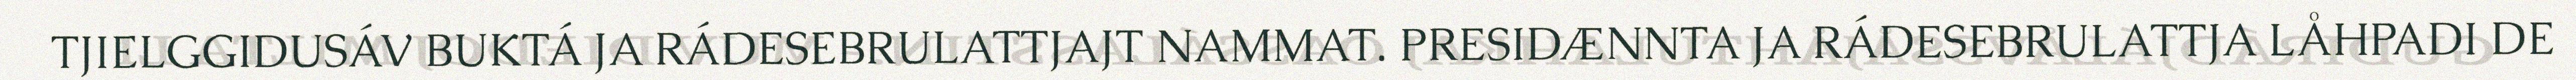
TJIELGGIDUSÁV BUKTÁ JA RÁDESEBRULATTJAJT NAMMAT. PRESIDÆNNTA JA RÁDESEBRULATTJA LÅHPADI DE